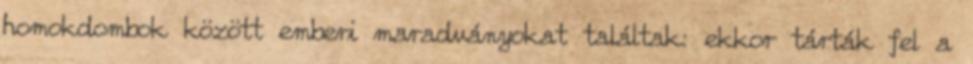
homokdombok között emberi maradványokat találtak: ekkor tárták fel a